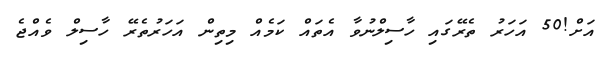
އަށް!50 އަހަރު ތެރޭގައި ހާސިލްނުވާ އެތައް ކަމެއް މިތިން އަހަރުތެރޭ ހާސިލް ވެއްޖެ